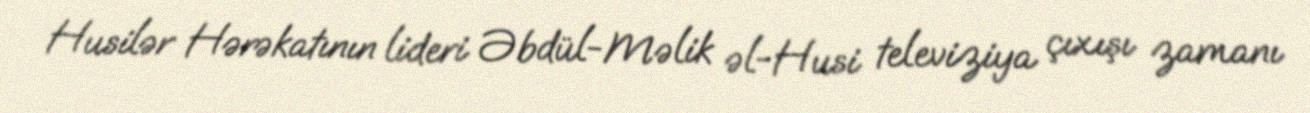
Husilər Hərəkatının lideri Əbdül-Məlik əl-Husi televiziya çıxışı zamanı